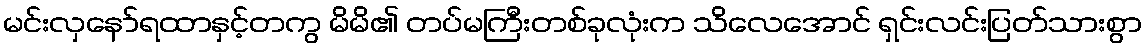
မင်းလှနော်ရထာနှင့်တကွ မိမိ၏ တပ်မကြီးတစ်ခုလုံးက သိလေအောင် ရှင်းလင်းပြတ်သားစွာ